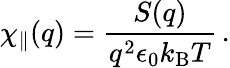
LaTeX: \chi_{\parallel}(q)=\frac{S(q)}{q^{2}\epsilon_{0}k_{\mathrm{B}}T}\, .